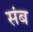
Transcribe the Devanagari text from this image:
संब